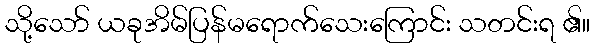
သို့သော် ယခုအိမ်ပြန်မရောက်သေးကြောင်း သတင်းရ ၏။